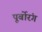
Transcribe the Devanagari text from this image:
पूर्बोरंग